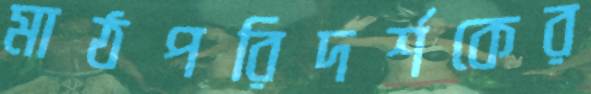
মাঠপরিদর্শকের